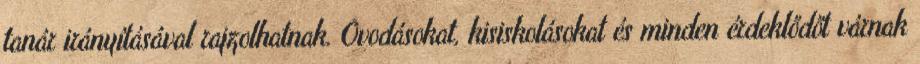
tanár irányításával rajzolhatnak. Óvodásokat, kisiskolásokat és minden érdeklődőt várnak